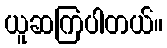
ယူဆကြပါတယ်။